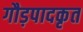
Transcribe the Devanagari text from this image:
गौड़पादकृत